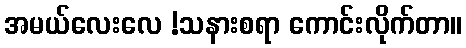
အမယ်လေးလေ !သနားစရာ ကောင်းလိုက်တာ။